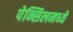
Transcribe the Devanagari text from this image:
पेन्सिलमध्ये